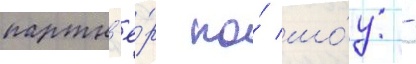
партн'ё́р по́ шо́у -